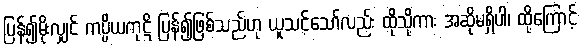
ပြန်၍မိုးလျှင် ကပ္ပိယကုဋိ ပြန်၍ဖြစ်သည်ဟု ယူသင့်သော်လည်း ထိုသို့ကား အဆိုမရှိပါ၊ ထို့ကြောင့်